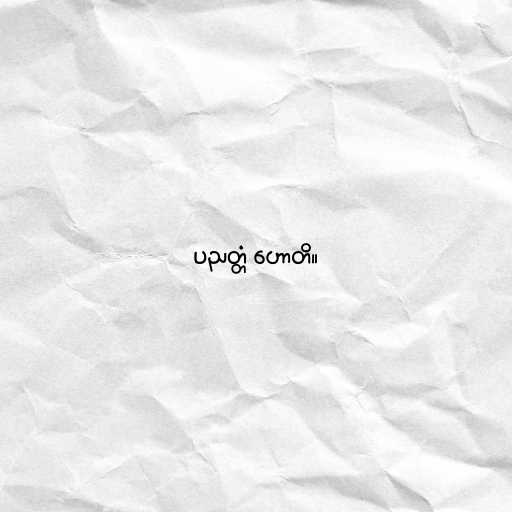
ပညတ္တံ ဟောတိ။